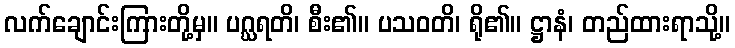
လက်ချောင်းကြားတို့မှ။ ပဂ္ဃရတိ၊ စီး၏။ ပသဝတိ၊ ရို၏။ ဋ္ဌာနံ၊ တည်ထားရာသို့။